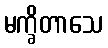
မက္ခိတာသေ